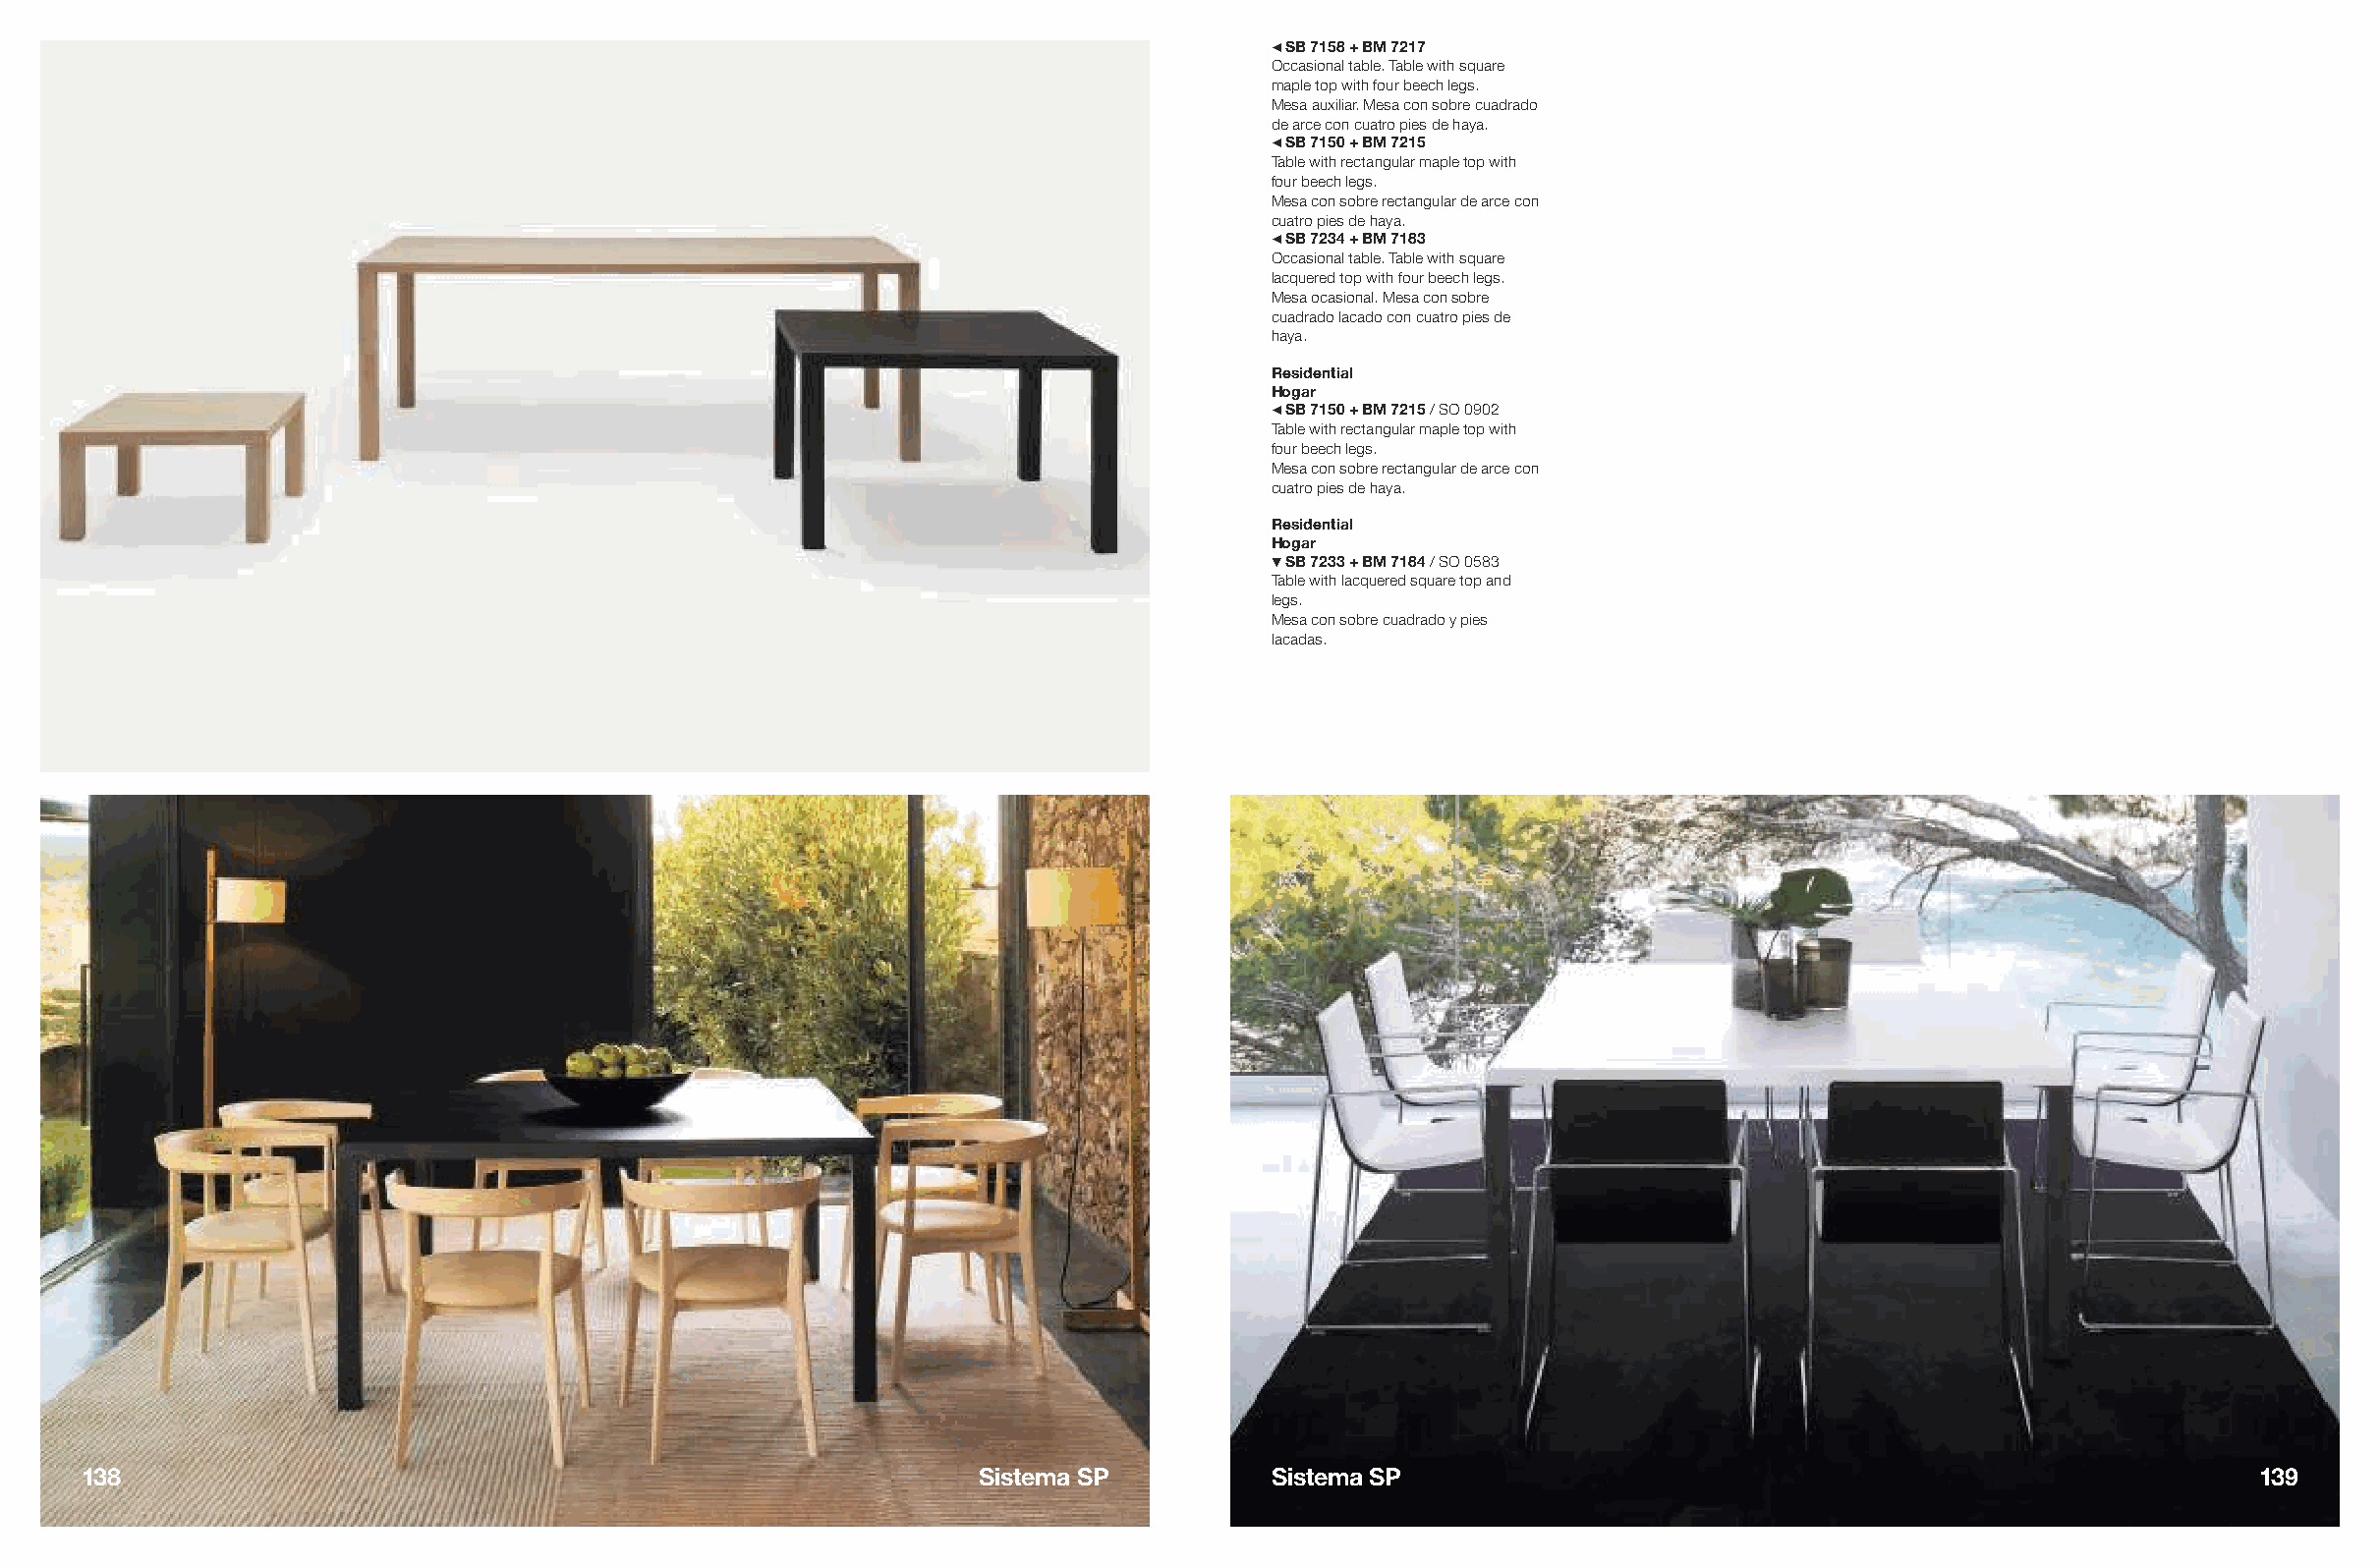
#SB 7158 + BM 7217
 Occasional table. Table with square
 maple top with four beech legs.
 Mesa auxiliar. Mesa con sobre cuadrado
 de arce con cuatro pies de haya.
 #SB 7150 + BM 7215
 Table with rectangular maple top with
 four beech legs.
 Mesa con sobre rectangular de arce con
 cuatro pies de haya.
 #SB 7234 + BM 7183
 Occasional table. Table with square
 lacquered top with four beech legs.
 Mesa ocasional. Mesa con sobre
 cuadrado lacado con cuatro pies de
 haya.
 Residential
 Hogar
 #SB 7150 + BM 7215 / SO 0902
 Table with rectangular maple top with
 four beech legs.
 Mesa con sobre rectangular de arce con
 cuatro pies de haya.
 Residential
 Hogar
 !SB 7233 + BM 7184 / SO 0583
 Table with lacquered square top and
 legs.
 Mesa con sobre cuadrado y pies
 lacadas.
 138                                                          Sistema SP          Sistema SP                                                        139